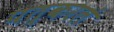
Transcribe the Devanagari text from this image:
पत्करलं